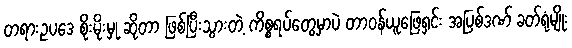
တရားဥပဒေ စိုးမိုးမှု ဆိုတာ ဖြစ်ပြီးသွားတဲ့ ကိစ္စရပ်တွေမှာပဲ တာဝန်ယူဖြေရှင်း အပြစ်ဒဏ် ခတ်ရုံမျိုး